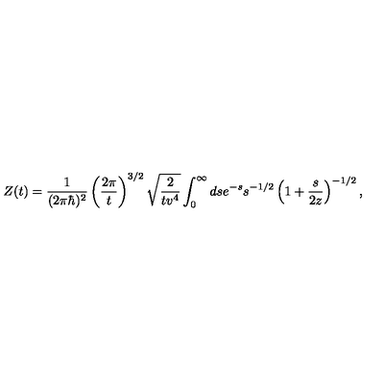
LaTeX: Z ( t ) = { \frac { 1 } { ( 2 \pi \hbar ) ^ { 2 } } } \left( { \frac { 2 \pi } { t } } \right) ^ { 3 / 2 } \sqrt { { \frac { 2 } { t v ^ { 4 } } } } \int _ { 0 } ^ { \infty } d s e ^ { - s } s ^ { - 1 / 2 } \left( 1 + { \frac { s } { 2 z } } \right) ^ { - 1 / 2 } ,